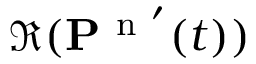
\Re ( \mathbf { P } ^ { \mathrm { ~ n ~ } ^ { \prime } } ( t ) )